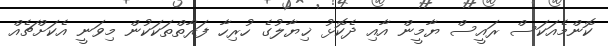
ކޮންމެއަކަސް ރައީސް ޔާމީން އާއި ދެކޮޅު ޚިޔާލުގެ ހުރިހާ ފަރާތްތަކަކުން މިވަނީ އެކަށްޗެއް